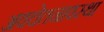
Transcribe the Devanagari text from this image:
अवचेतनावस्था